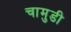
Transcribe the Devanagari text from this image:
चामुडी